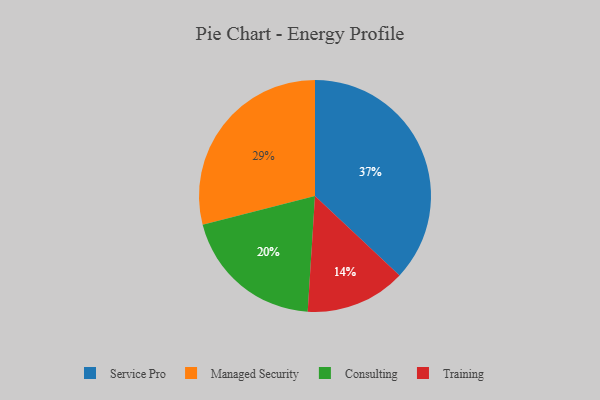
{"axis": {"x": "Category", "y": "Percentage"}, "legend": ["Consulting", "Managed Security", "Service Pro", "Training"], "data": [{"x": "Training", "y": 14, "type": "Training"}, {"x": "Service Pro", "y": 37, "type": "Service Pro"}, {"x": "Managed Security", "y": 29, "type": "Managed Security"}, {"x": "Consulting", "y": 20, "type": "Consulting"}]}